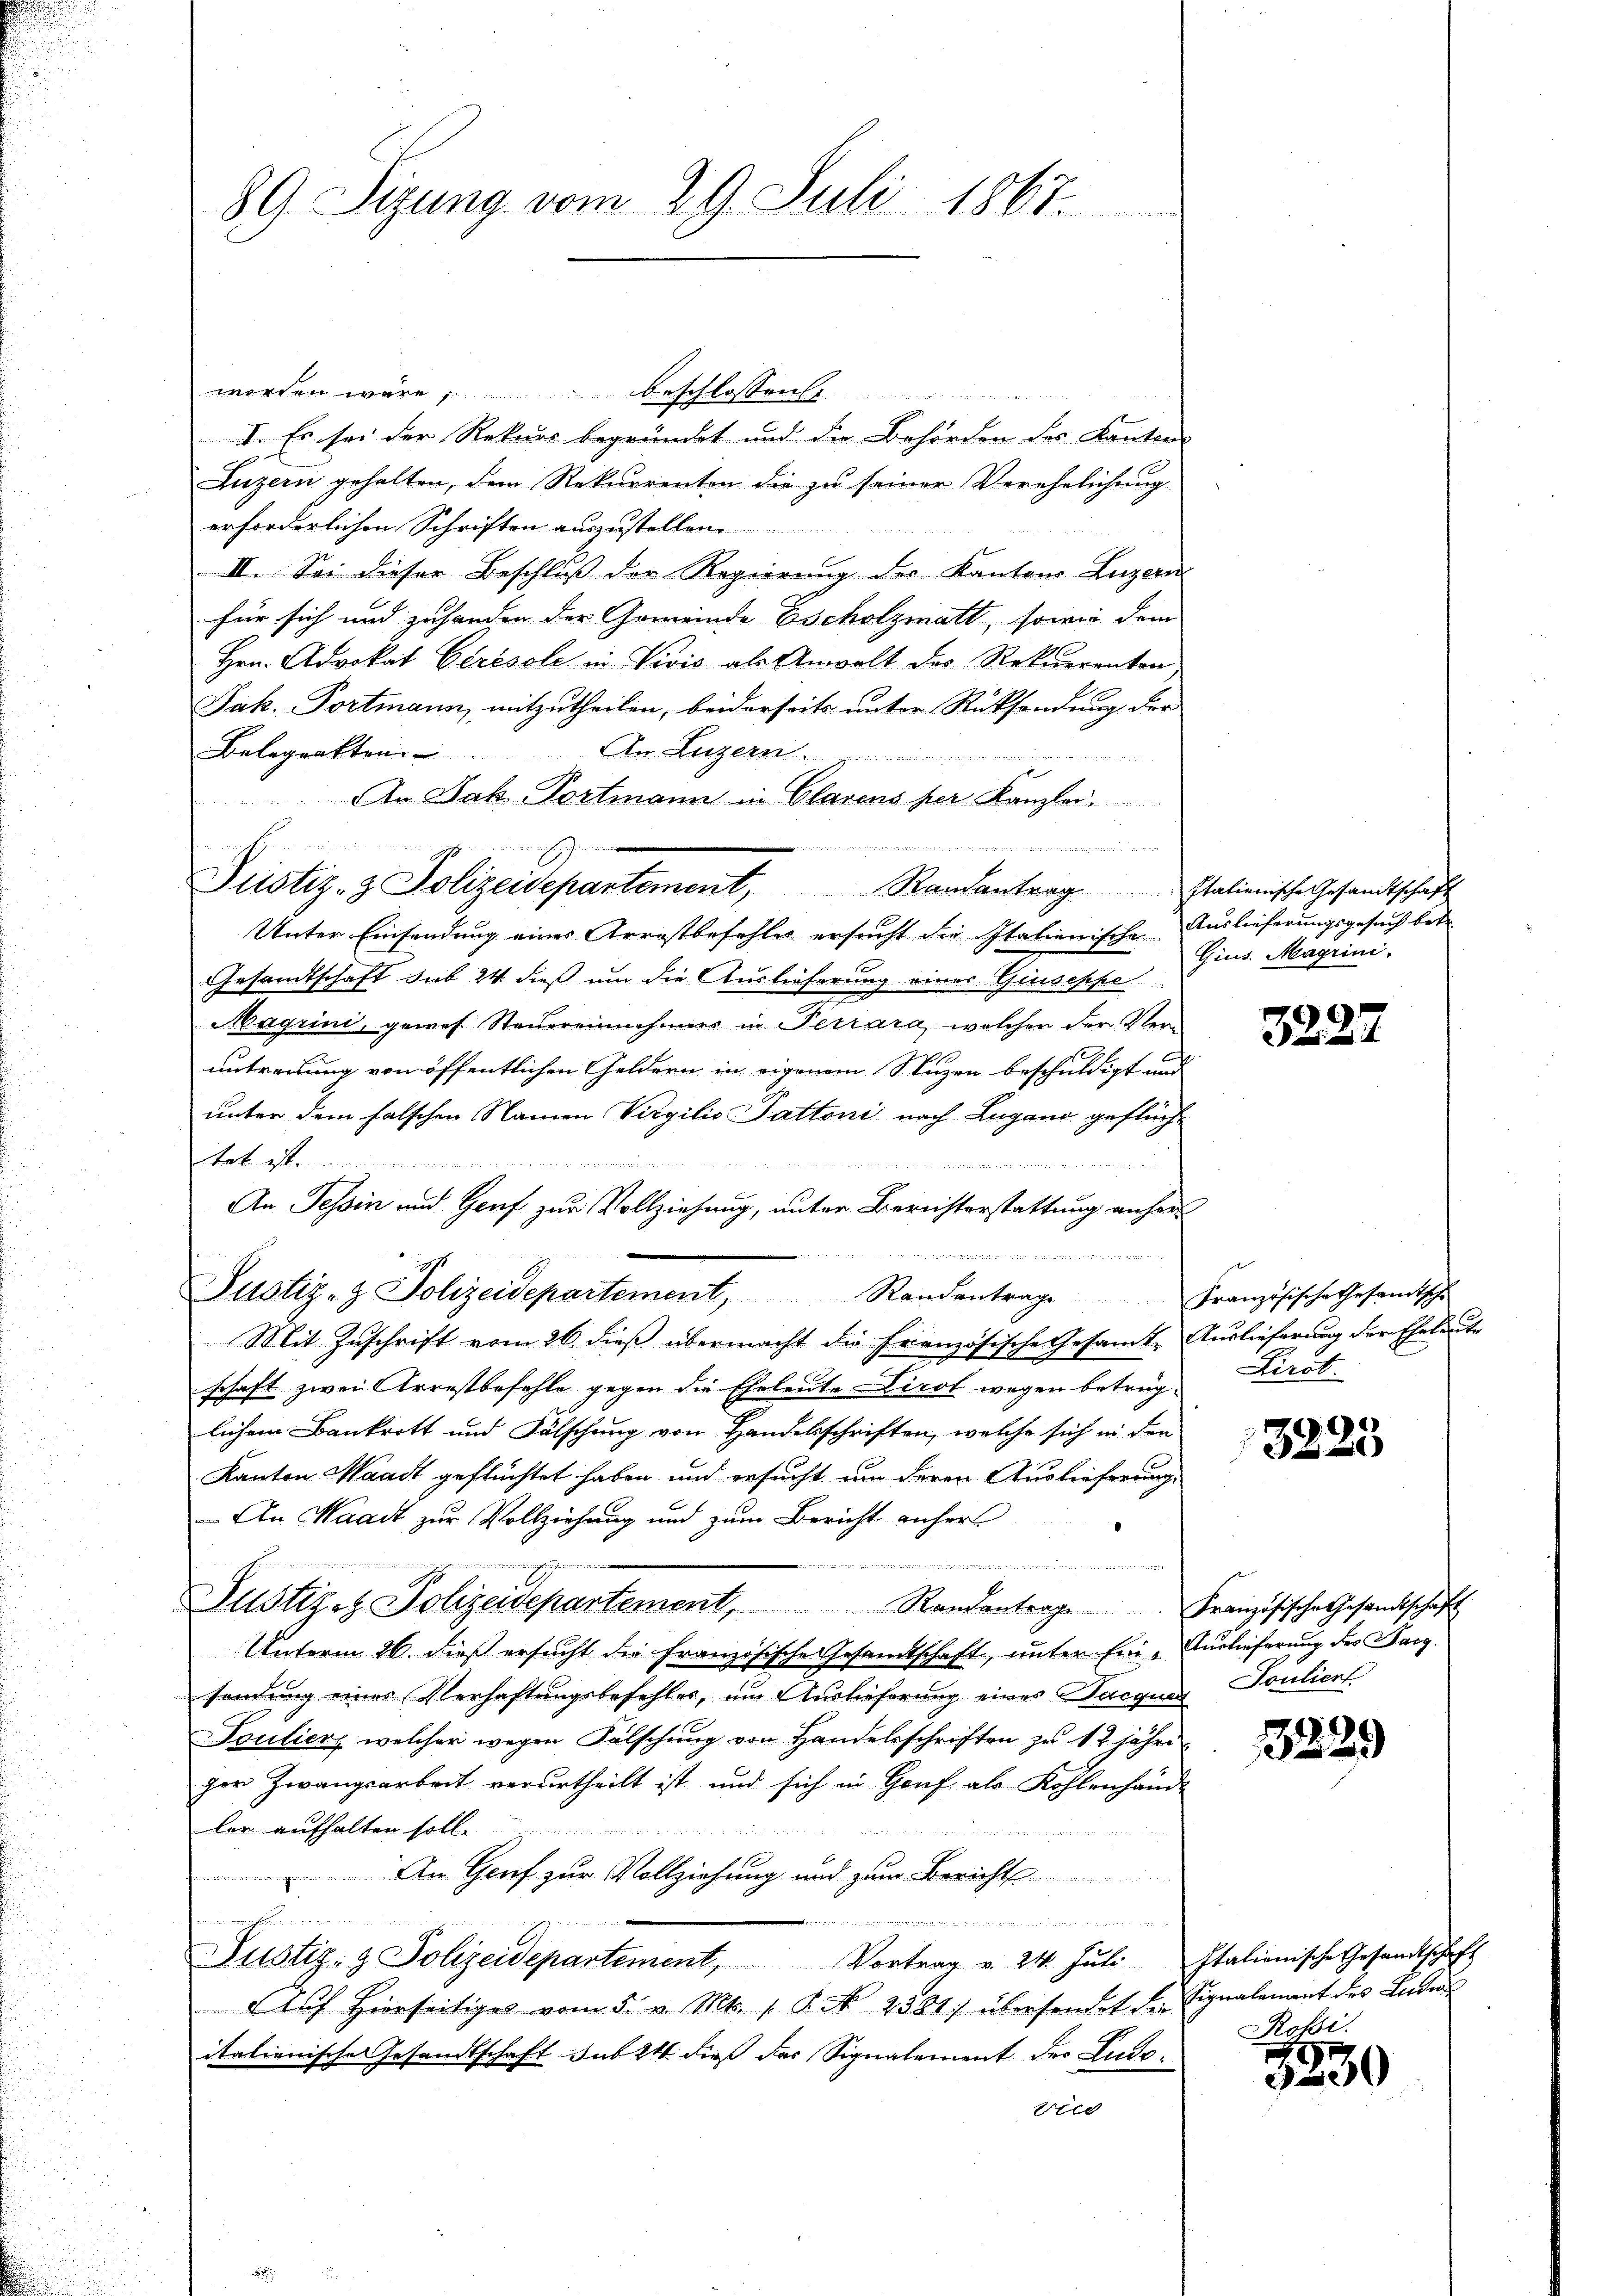
89. Sitzung vom 29. Juli 1867.

worden wäre. beschlossen
I. Es sei der Rekurs begründet und die Behörden des Kanton
Luzern gehalten, dem Rekurrenten die zu seiner Verehelichung
erforderlichen Schriften auszustellen.
II. Sei dieser Beschluß der Regierung des Kantons Luzern
für sich und zuhanden der Gemeinde Escholzmatt, sowie dem
Hrn. Advokat Gérésole in Vivis als Anwalt des Rekurrenten
Jak. Portmann, mitzutheilen, beiderseits unter Rücksendung der
Belegenkten ............. An Luzern
An Jak. Portmann in Clarens per Kanzlei
 ten bei der vertreten
Unter Einsendung eines Arrestbefohles ersucht die Italienische
Gesandtschaft sub 24 dieß um die Auslieferung eines Giuseppe
Magrini, gewos. Steuereinnehmers in Terrara, welchen der Vert
antreitung von öffentlichen Geldern in eigenem Stuzen beschuldigt und
unter dem falschen Namen Virgilio attoni nach Lugano geflüch¬
Mit Zuschrift vom 26. dieß übermacht die Französische Gesamt-
schaft zwei Arrestbefehle gegen die Eheleute Dirot wegen betrug
lichem Bankrott und Fälschung von Handelsschriften, welche sich in den
Kanton Waadt geflüchtet haben und ersucht um deren Auslieferung,
An Waadt zur Vollziehung und zum Bericht anher
mder eine antwort den waren der
i
Justiz- & Polizeidepartement,                      Randantrage
Unterm 26. dieß ersucht die Französische Gesandtschaft, unter Einsendung eines Verhaftungsbefehler, um Auslieferung eines Jacque
Toulier, welcher wegen Fälschung von Handelsschriften zu 12 jähr
ger Zwangsarbeit verurtheilt ist, und sich in Genf als Kohlenhai
ler aufhalten soll.

An Genf zur Vollziehung und zum Bericht
e
7

Justiz- & Polizeidepartement, Vortrag v. 24. Juli
Auf Hierseitiges vom 5. v. Mts. 1. P. N. 2581) übersendet die
italienische Gesandtschaft sub 24 dieß das Signalement der Ludec

Justiz- & Polizeidepartement, Randantrag Italienische Gesandtschaft

tet ist.

 i e i n g
An Tessin und Genf zur Vollziehung, unter Berichterstattung anhert Hr. P. M. 188
Justiz- & Polizeidepartement, Randantrage

Auslieferungsgesuch betr.
Gius. Magrini,

3227

Französische Gesandtsch
Auslieferung der Eheleute
Kirst.

3223

Französische Gesandtschaft
Auslieferung des Sarg.
Souliert

3229

Italienische Gesandtschaft
Signalemant des Leiders
Rofi.

3230